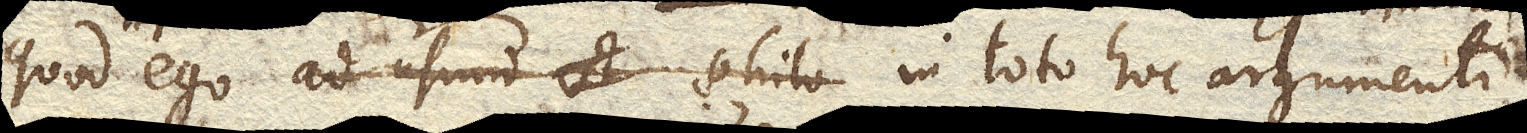
quod ego ad usum philo in toto hoc argumento